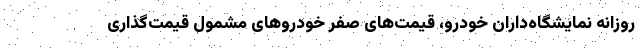
روزانه نمایشگاه‌داران خودرو، قیمت‌های صفر خودروهای مشمول قیمت‌گذاری